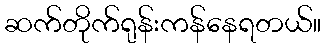
ဆက်တိုက်ရုန်းကန်နေရတယ်။